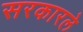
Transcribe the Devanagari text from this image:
सरकारले